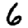
Digit: 6